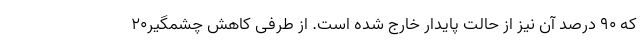
که ۹۰ درصد آن نیز از حالت پایدار خارج شده است. از طرفی کاهش چشمگیر20